Civil Veterinary Department. United Provinces 1932-42 - 1932-1942
Year: 1932
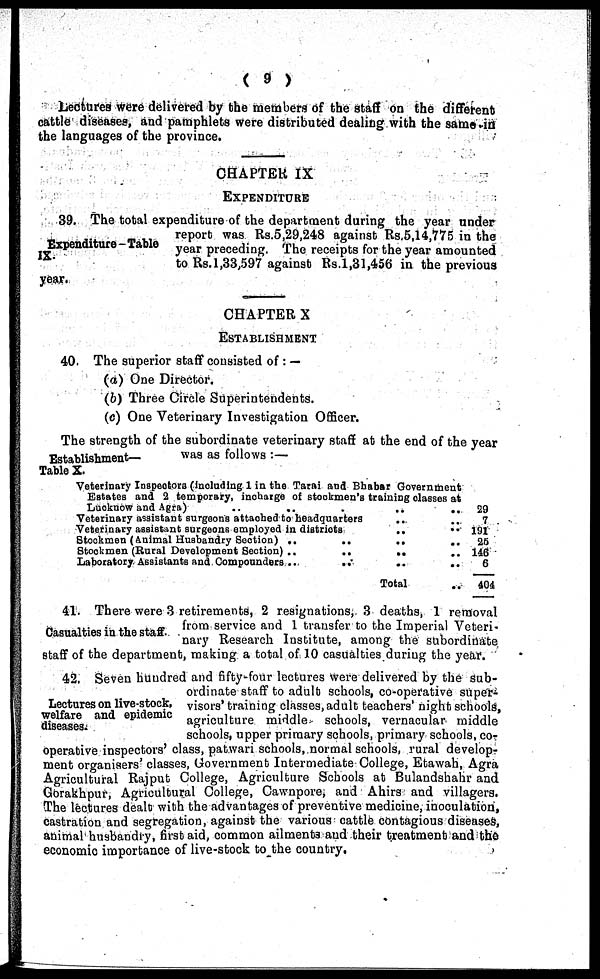
( 9 )
Lectures were delivered by the members of the staff on the different
cattle diseases, and pamphlets were distributed dealing with the same in
the languages of the province.
CHAPTER IX
EXPENDITURE
Expenditure - Table
IX.
39. The total expenditure of the department during the year under
report was Rs.5,29,248 against Rs.5,14,775 in the
year preceding. The receipts for the year amounted
to Rs. 1,33,597 against Rs. 1,31,456 in the previous
year.
CHAPTER X
ESTABLISHMENT
40. The superior staff consisted of: —
(a) One Director.
(b) Three Circle Superintendents.
(c) One Veterinary Investigation Officer.
Establishment—
Table X.
The strength of the subordinate veterinary staff at the end of the year
was as follows :—
Veterinary Inspectors (including 1 in the Tarai and Bhabar Government
Estates and 2 temporary, incharge of stockmen's training classes at
Lucknow and Agra)
..
..
..
..
..
Veterinary assistant surgeons attached to headquarters
..
Veterinary assistant surgeons employed in
districts
..
..
Stockmen (Animal Husbandry Section)
..
..
..
..
Stockmen (Rural Development Section) ..
..
..
..
Laboratory Assistants and Compounders ..
..
..
..
Total
29
7
191
25
146
6
404
Casualties in the staff.
41. There were 3 retirements, 2 resignations, 3 deaths, 1 removal
from service and 1 transfer to the Imperial Veteri-
nary Research Institute, among the subordinate
staff of the department, making a total of 10 casualties during the year.
Lectures on live-stock,
welfare and epidemic
diseases.
42. Seven hundred and fifty-four lectures were delivered by the Sub-
ordinate staff to adult schools, co-operative super-
visors' training classes, adult teachers night schools,
agriculture middle schools, vernacular middle
schools, upper primary schools, primary schools, co-
operative inspectors' class, patwari schools, normal schools, rural develop-
ment organisers' classes, Government Intermediate College, Etawah, Agra
Agricultural Rajput College, Agriculture Schools at Bulandshahr and
Gorakhpur, Agricultural College, Cawnpore, and Ahirs and villagers.
The lectures dealt with the advantages of preventive medicine, inoculation,
castration and segregation, against the various cattle contagious diseases,
animal husbandry, first aid, common ailments and their treatment and the
economic importance of live-stock to the country.